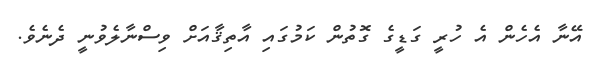
އޭނާ އެހެން އެ ހުރީ ގަޑީގެ ގޮތުން ކަމުގައި އާތިޤާއަށް ވިސްނާލެވުނީ ދެނެވެ.